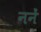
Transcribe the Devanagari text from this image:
ननें